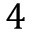
4